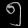
Digit: ၅